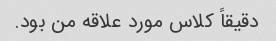
دقیقاً کلاس مورد علاقه من بود.